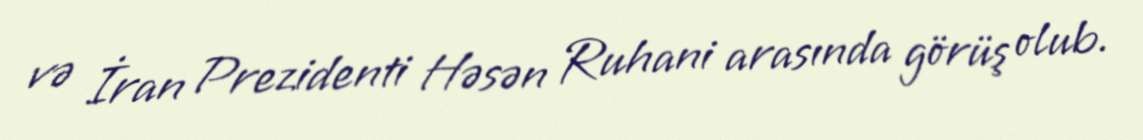
və İran Prezidenti Həsən Ruhani arasında görüş olub.